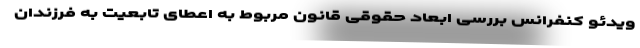
ویدئو کنفرانس بررسی ابعاد حقوقی قانون مربوط به اعطای تابعیت به فرزندان